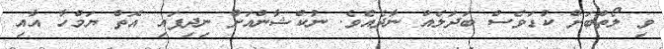
ވި ލޯތްބަށް ކުޑަވެސް ބަދަލެއް ނާދެއެވެ. ނުކްޝާންއަށް ނިދިފައި އޮތް ޔަމްހާ އާއި